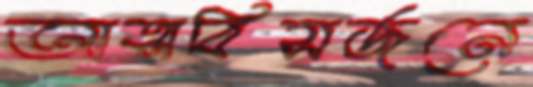
আত্মবিসর্জনে